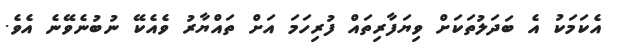
އެކަމަކު އެ ބަދަލުތަކަށް ވިޔަފާރިތައް ފުރިހަމަ އަށް ތައްޔާރު ވެއެކޭ ނުބުނެވޭނެ އެވެ.